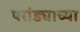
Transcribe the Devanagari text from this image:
परांड्याच्या